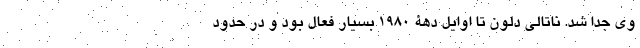
وی جدا شد. ناتالی دلون تا اوایل دهۀ ۱٩٨٠ بسیار فعال بود و در حدود